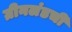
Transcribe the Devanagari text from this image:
ग्रीनलंडची